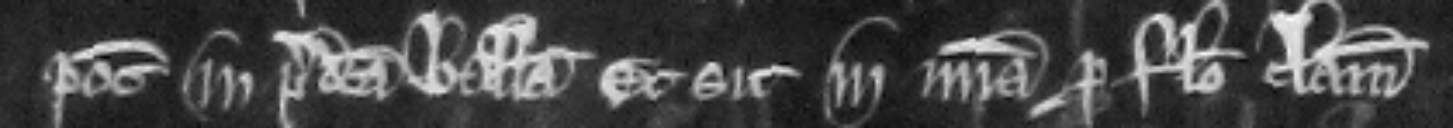
potest in predicta balliva et sit in misericordia pro falso clamore